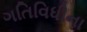
ગતિવિધીના